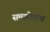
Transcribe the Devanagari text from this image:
समझोताच